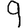
Digit: 9